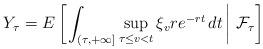
LaTeX: \begin{align*}Y_{\tau} = E\left[\left.\int_{(\tau,+\infty]}\sup_{\tau \leq v < t}\xi_v re^{-rt}\,dt \,\right\vert\,\mathcal{F}_{\tau} \right]\end{align*}